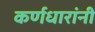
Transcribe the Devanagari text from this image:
कर्णधारांनी